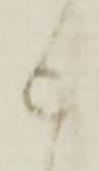
被